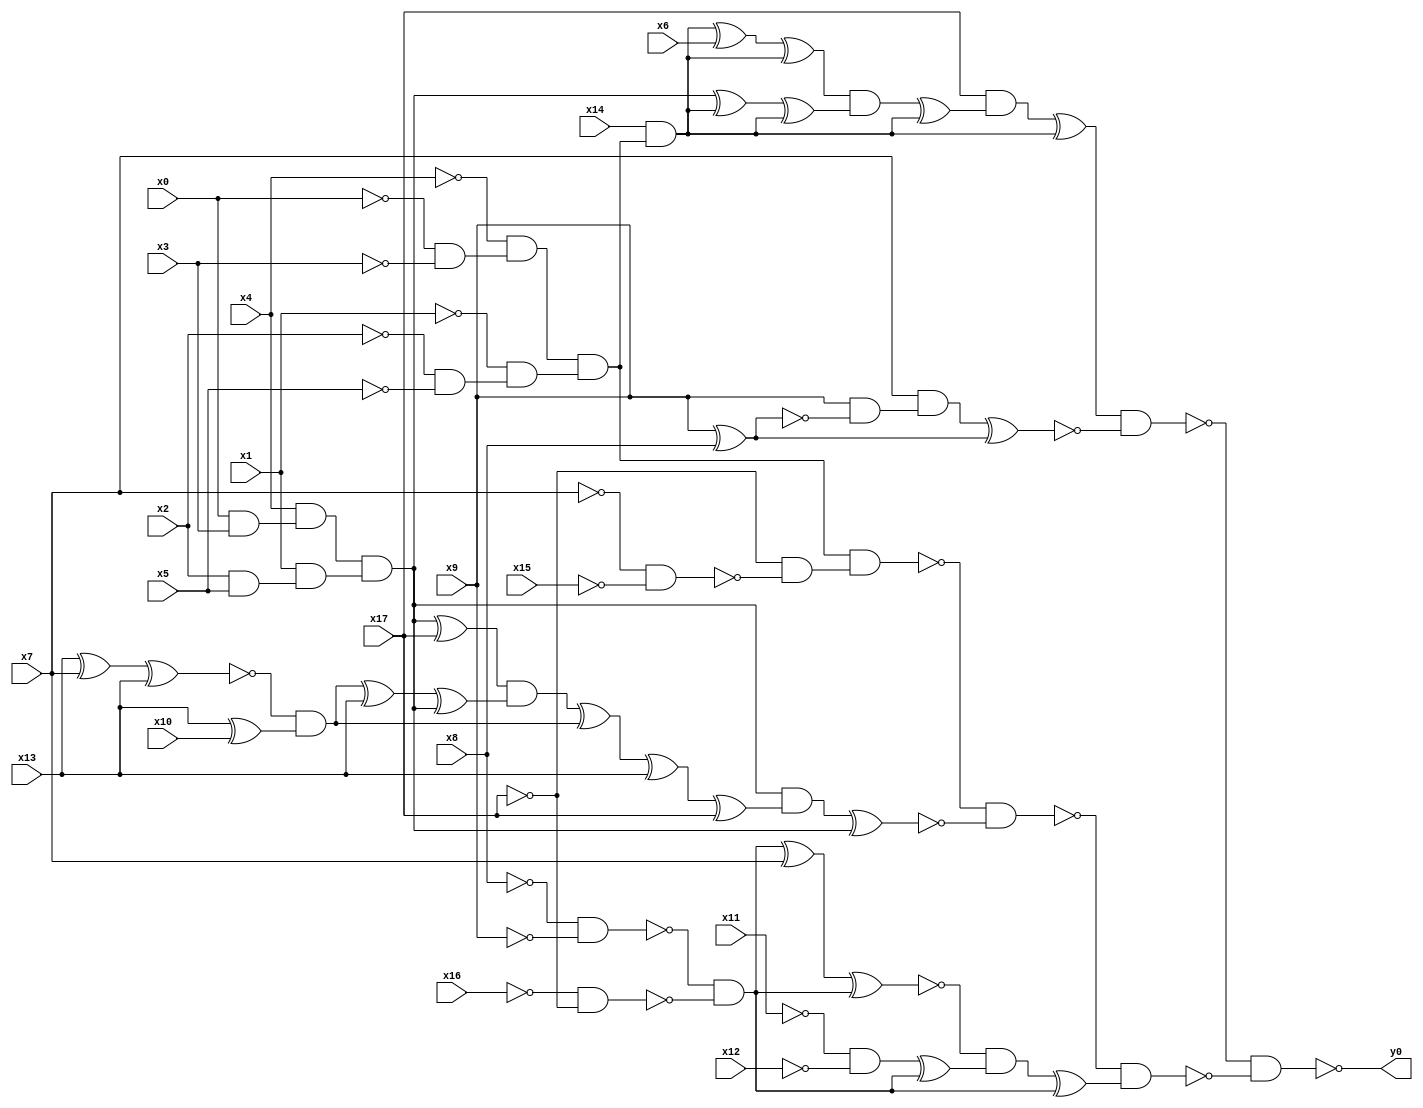
module top( x0 , x1 , x2 , x3 , x4 , x5 , x6 , x7 , x8 , x9 , x10 , x11 , x12 , x13 , x14 , x15 , x16 , x17 , y0 );
  input x0 , x1 , x2 , x3 , x4 , x5 , x6 , x7 , x8 , x9 , x10 , x11 , x12 , x13 , x14 , x15 , x16 , x17 ;
  output y0 ;
  wire n19 , n20 , n21 , n22 , n23 , n24 , n25 , n26 , n27 , n28 , n29 , n30 , n31 , n32 , n33 , n34 , n35 , n36 , n37 , n38 , n39 , n40 , n41 , n42 , n43 , n44 , n45 , n46 , n47 , n48 , n49 , n50 , n51 , n52 , n53 , n54 , n55 , n56 , n57 , n58 , n59 , n60 , n61 , n62 , n63 , n64 , n65 , n66 , n67 , n68 , n69 , n70 ;
  assign n19 = ~x0 & ~x3 ;
  assign n20 = ~x4 & n19 ;
  assign n21 = ~x2 & ~x5 ;
  assign n22 = ~x1 & n21 ;
  assign n23 = n20 & n22 ;
  assign n24 = x14 & n23 ;
  assign n25 = n24 ^ x6 ;
  assign n26 = n25 ^ n24 ;
  assign n27 = x0 & x3 ;
  assign n28 = x4 & n27 ;
  assign n29 = x2 & x5 ;
  assign n30 = x1 & n29 ;
  assign n31 = n28 & n30 ;
  assign n32 = n31 ^ n24 ;
  assign n33 = n32 ^ n24 ;
  assign n34 = n26 & n33 ;
  assign n35 = n34 ^ n24 ;
  assign n36 = x17 & n35 ;
  assign n37 = n36 ^ n24 ;
  assign n38 = x9 ^ x8 ;
  assign n39 = x9 & ~n38 ;
  assign n40 = x7 & n39 ;
  assign n41 = n40 ^ n38 ;
  assign n42 = n37 & ~n41 ;
  assign n43 = ~x7 & ~x15 ;
  assign n44 = ~x17 & ~n43 ;
  assign n45 = n23 & n44 ;
  assign n46 = n31 ^ x17 ;
  assign n47 = x13 ^ x7 ;
  assign n48 = n47 ^ x13 ;
  assign n49 = x13 ^ x10 ;
  assign n50 = ~n48 & n49 ;
  assign n51 = n50 ^ x13 ;
  assign n52 = n51 ^ n31 ;
  assign n53 = n46 & n52 ;
  assign n54 = n53 ^ n50 ;
  assign n55 = n54 ^ x13 ;
  assign n56 = n55 ^ x17 ;
  assign n57 = n31 & n56 ;
  assign n58 = n57 ^ n31 ;
  assign n59 = ~n45 & ~n58 ;
  assign n60 = ~x8 & ~x9 ;
  assign n61 = ~x16 & ~x17 ;
  assign n62 = ~n60 & ~n61 ;
  assign n63 = n62 ^ x7 ;
  assign n64 = n63 ^ n62 ;
  assign n65 = ~x11 & ~x12 ;
  assign n66 = n65 ^ n62 ;
  assign n67 = ~n64 & n66 ;
  assign n68 = n67 ^ n62 ;
  assign n69 = ~n59 & n68 ;
  assign n70 = ~n42 & ~n69 ;
  assign y0 = ~n70 ;
endmodule